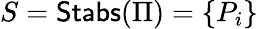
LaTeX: S=\textsf{Stabs}(\Pi)=\{ P_{i}\}